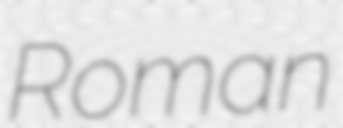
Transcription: Roman